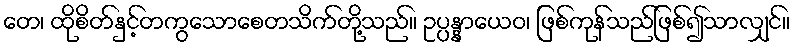
တေ၊ ထိုစိတ်နှင့်တကွသောစေတသိက်တို့သည်။ ဥပ္ပန္နာယေဝ၊ ဖြစ်ကုန်သည်ဖြစ်၍သာလျှင်။